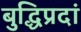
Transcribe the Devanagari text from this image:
बुद्धिप्रदां